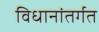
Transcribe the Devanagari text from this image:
विधानांतर्गत